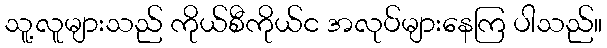
သူ့လူများသည် ကိုယ်စီကိုယ်င အလုပ်များနေကြ ပါသည်။